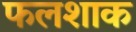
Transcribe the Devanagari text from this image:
फलशाक